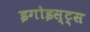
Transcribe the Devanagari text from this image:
इगोइस्ट्स